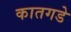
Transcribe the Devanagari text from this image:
कातगडे